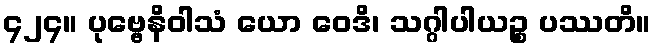
၄၂၄။ ပုဗ္ဗေနိဝါသံ ယော ဝေဒိ၊ သဂ္ဂါပါယဉ္စ ပဿတိ။